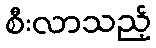
စီးလာသည့်